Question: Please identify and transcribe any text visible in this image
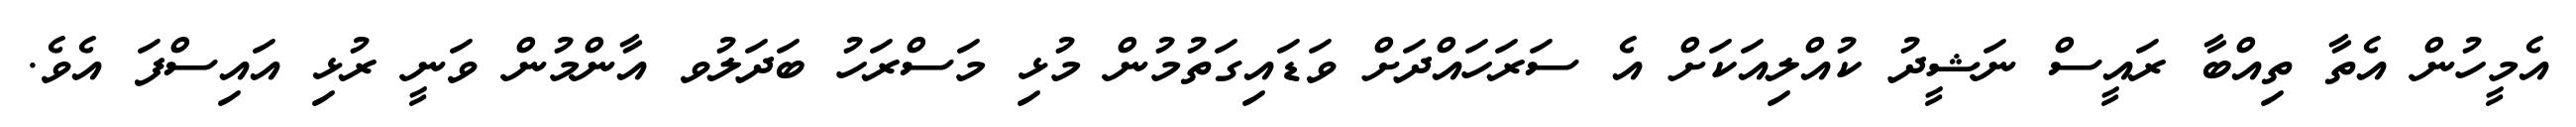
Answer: އެމީހުން އެތާ ތިއްބާ ރައީސް ނަޝީދު ކުއްލިއަކަށް އެ ސަރަހައްދަށް ވަޑައިގަތުމުން މުޅި މަސްރަހު ބަދަލުވ އާންމުން ވަނީ ރުޅި އައިސްފަ އެވެ.